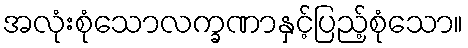
အလုံးစုံသောလက္ခဏာနှင့်ပြည့်စုံသော။